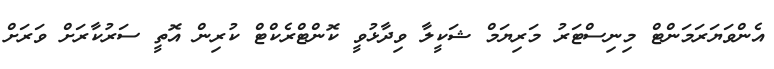
އެންވަޔަރަމަންޓް މިނިސްޓަރު މަރިޔަމް ޝަކީލާ ވިދާޅުވީ ކޮންޓްރެކްޓް ކުރިން އޮތީ ސަރުކާރަށް ވަރަށް